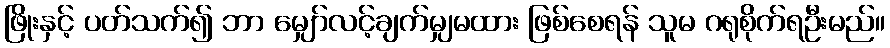
ဖြိုးနှင့် ပတ်သက်၍ ဘာ မျှော်လင့်ချက်မျှမထား ဖြစ်စေရန် သူမ ဂရုစိုက်ရဦးမည်။